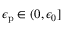
\epsilon _ { \mathrm { p } } \in ( 0 , \epsilon _ { 0 } ]